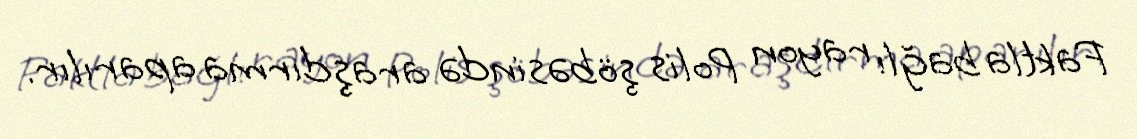
Faktla bağlı rayon Polis şöbəsində araşdırma aparılır.